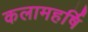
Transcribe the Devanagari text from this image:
कलामहर्षि